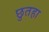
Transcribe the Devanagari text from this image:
छुतहा